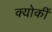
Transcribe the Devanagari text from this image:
क्योकीं